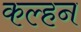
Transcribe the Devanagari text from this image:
कल्हन